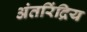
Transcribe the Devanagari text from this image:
अंतरिंद्रिय